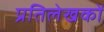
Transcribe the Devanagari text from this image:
प्रतिलेखकों